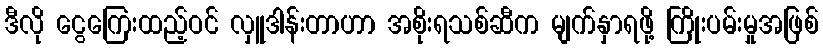
ဒီလို ငွေကြေးထည့်ဝင် လှူဒါန်းတာဟာ အစိုးရသစ်ဆီက မျက်နှာရဖို့ ကြိုးပမ်းမှုအဖြစ်